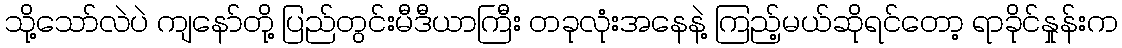
သို့သော်လဲပဲ ကျနော်တို့ ပြည်တွင်းမီဒီယာကြီး တခုလုံးအနေနဲ့ ကြည့်မယ်ဆိုရင်တော့ ရာခိုင်နှုန်းက